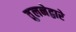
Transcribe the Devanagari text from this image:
तुलनेद्वारे